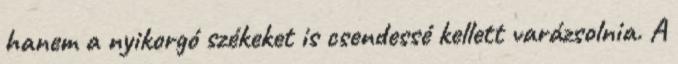
hanem a nyikorgó székeket is csendessé kellett varázsolnia. A